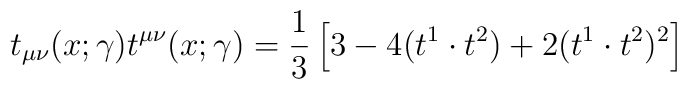
t_{\mu\nu}(x;\gamma) t^{\mu\nu}(x;\gamma) ={1\over3}\left[3 - 4(t^1\cdot t^2) + 2 (t^1\cdot t^2)^2 \right]